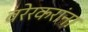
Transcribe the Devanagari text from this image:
वरेरकरांना